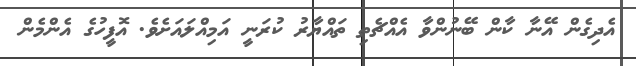
އެދިގެން އޭނާ ކާން ބޭނުންވާ އެއްޗެތި ތައްޔާރު ކުރަނީ އަމިއްލައަށެވެ. އޮފީހުގެ އެންމެން